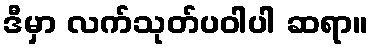
ဒီမှာ လက်သုတ်ပဝါပါ ဆရာ။